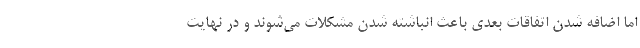
اما اضافه شدن اتفاقات بعدی باعث انباشته شدن مشکلات می‌شوند و در نهایت